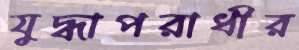
যুদ্ধাপরাধীর